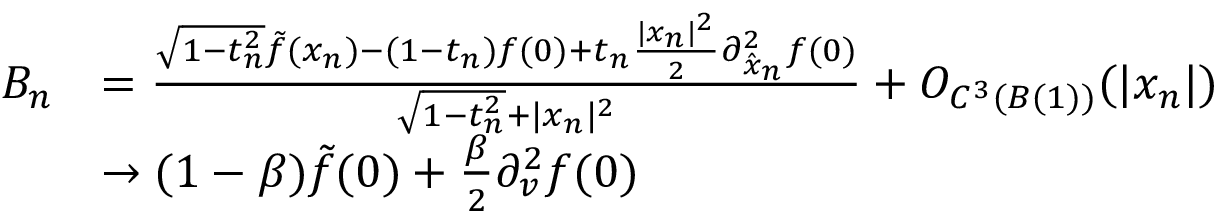
\begin{array} { r l } { B _ { n } } & { = \frac { \sqrt { 1 - t _ { n } ^ { 2 } } \Tilde { f } ( x _ { n } ) - ( 1 - t _ { n } ) f ( 0 ) + t _ { n } \frac { \lvert x _ { n } \rvert ^ { 2 } } { 2 } \partial _ { \hat { x } _ { n } } ^ { 2 } f ( 0 ) } { \sqrt { 1 - t _ { n } ^ { 2 } } + \lvert x _ { n } \rvert ^ { 2 } } + O _ { C ^ { 3 } ( B ( 1 ) ) } ( \lvert x _ { n } \rvert ) } \\ & { \to ( 1 - \beta ) \Tilde { f } ( 0 ) + \frac { \beta } { 2 } \partial _ { v } ^ { 2 } f ( 0 ) } \end{array}